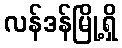
လန်ဒန်မြို့ရှိ